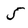
Character: 5